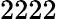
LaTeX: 2222